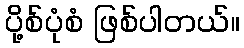
ပို့စ်ပုံစံ ဖြစ်ပါတယ်။